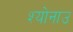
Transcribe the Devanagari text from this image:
श्योनाउ